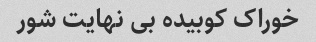
خوراک کوبیده بی نهایت شور